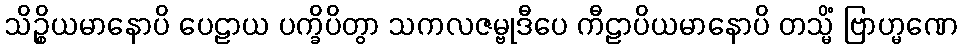
သိဉ္စိယမာနောပိ ပေဠာယ ပက္ခိပိတွာ သကလဇမ္ဗုဒီပေ ကီဠာပိယမာနောပိ တသ္မိံ ဗြာဟ္မဏေ